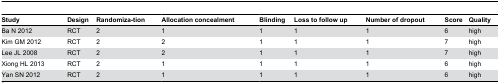
<table><thead><tr><td><b>Study</b></td><td><b>Design</b></td><td><b>Randomiza-tion</b></td><td><b>Allocation concealment</b></td><td><b>Blinding</b></td><td><b>Loss to follow up</b></td><td><b>Number of dropout</b></td><td><b>Score</b></td><td><b>Quality</b></td></tr></thead><tbody><tr><td>Ba N 2012</td><td>RCT</td><td>2</td><td>1</td><td>1</td><td>1</td><td>1</td><td>6</td><td>high</td></tr><tr><td>Kim GM 2012</td><td>RCT</td><td>2</td><td>2</td><td>1</td><td>1</td><td>1</td><td>7</td><td>high</td></tr><tr><td>Lee JL 2008</td><td>RCT</td><td>2</td><td>2</td><td>1</td><td>1</td><td>1</td><td>7</td><td>high</td></tr><tr><td>Xiong HL 2013</td><td>RCT</td><td>2</td><td>1</td><td>1</td><td>1</td><td>1</td><td>6</td><td>high</td></tr><tr><td>Yan SN 2012</td><td>RCT</td><td>2</td><td>1</td><td>1</td><td>1</td><td>1</td><td>6</td><td>high</td></tr></tbody></table>